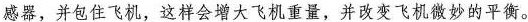
感器，并包住飞机，这样会增大飞机重量，并改变飞机微妙的平衡。